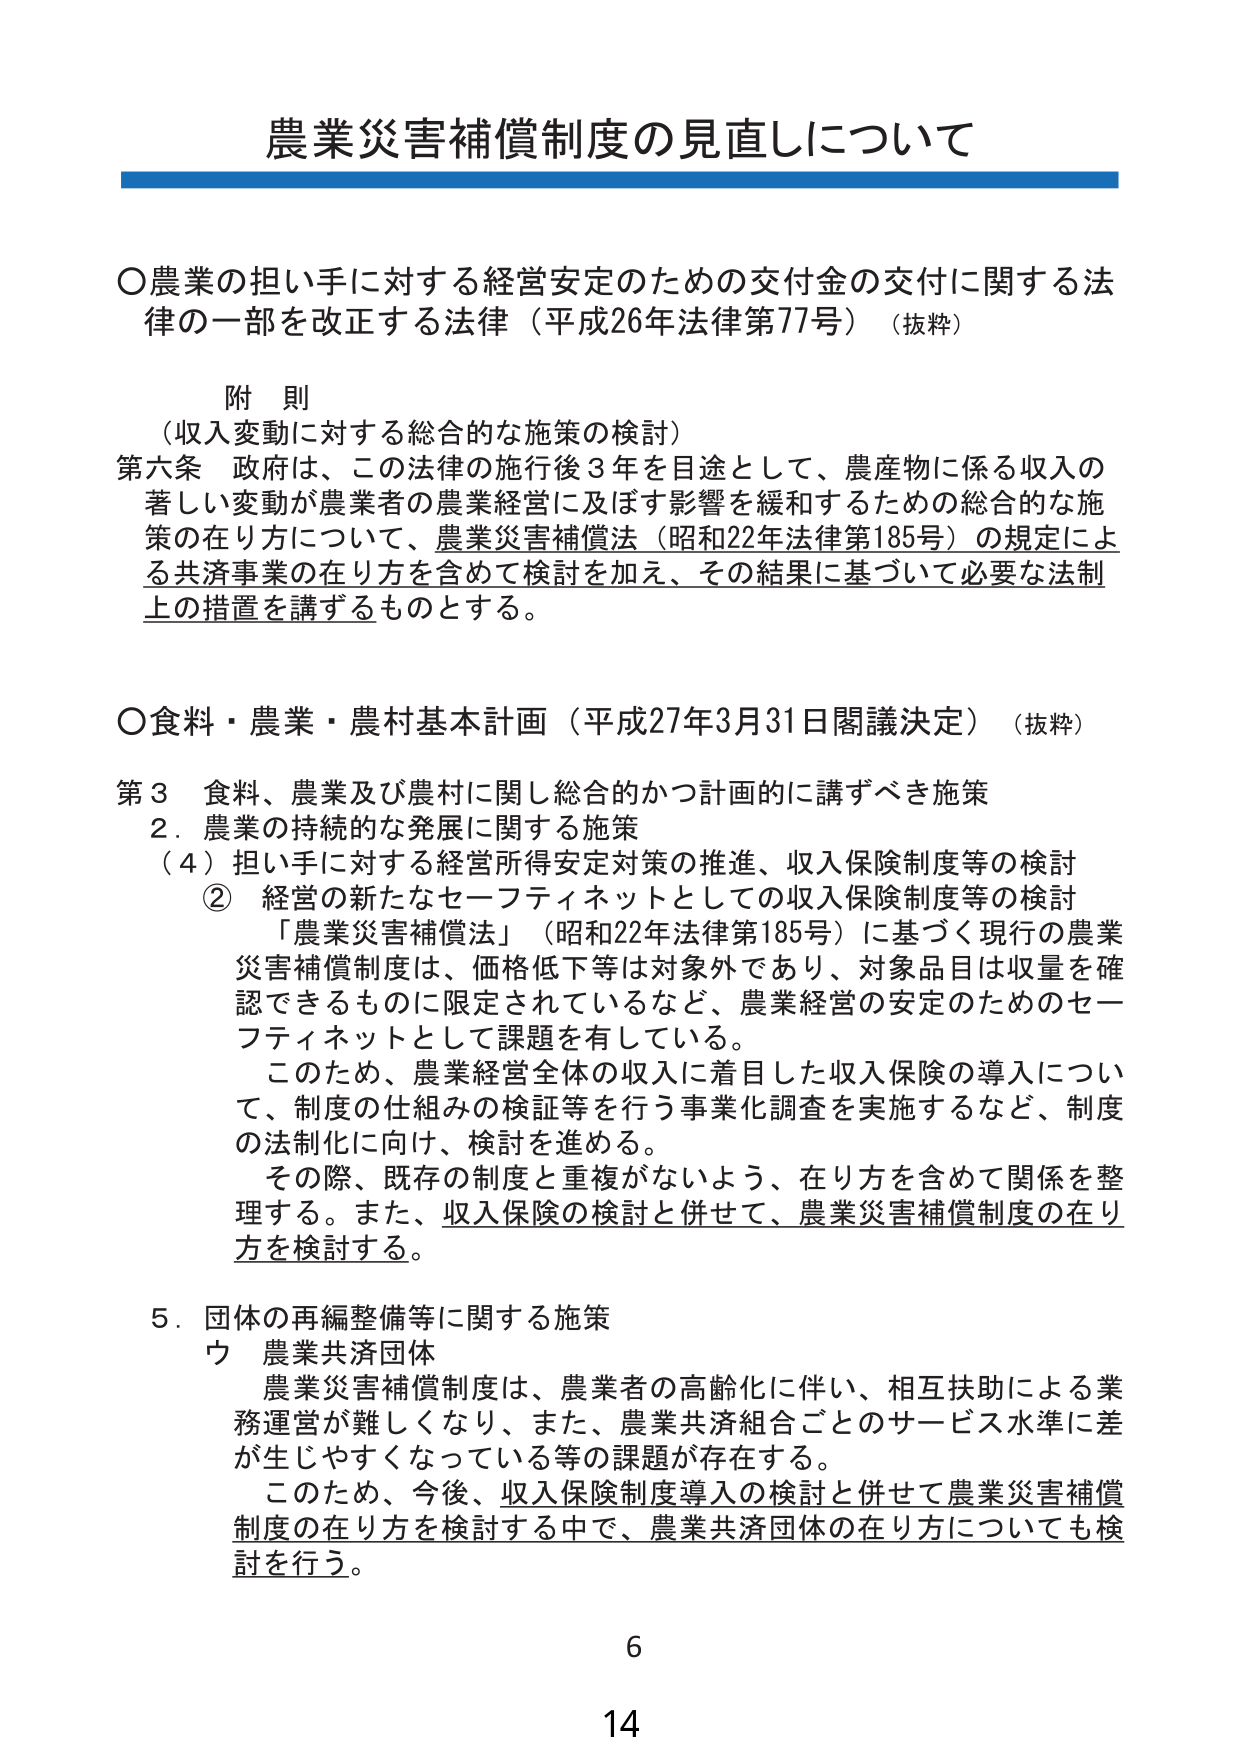
農業災害補償制度の見直しについて

○農業の担い手に対する経営安定のための交付金の交付に関する法律の一部を改正する法律（平成26年法律第77号）（抜粋）

　附 則
　（収入変動に対する総合的な施策の検討）
　第六条　政府は、この法律の施行後３年を目途として、農産物に係る収入の著しい変動が農業者の農業経営に及ぼす影響を緩和するための総合的な施策の在り方について、農業災害補償法（昭和22年法律第185号）の規定による共済事業の在り方を含めて検討を加え、その結果に基づいて必要な法制上の措置を講ずるものとする。

○食料・農業・農村基本計画（平成27年3月31日閣議決定）（抜粋）

　第３　食料、農業及び農村に関し総合的かつ計画的に講ずべき施策
　　２．農業の持続的な発展に関する施策
　　　（４）担い手に対する経営所得安定対策の推進、収入保険制度等の検討
　　　　②　経営の新たなセーフティネットとしての収入保険制度等の検討
　　　　　「農業災害補償法」（昭和22年法律第185号）に基づく現行の農業災害補償制度は、価格低下等は対象外であり、対象品目は収量を確認できるものに限定されているなど、農業経営の安定のためのセーフティネットとして課題を有している。
　　　　　このため、農業経営全体の収入に着目した収入保険の導入について、制度の仕組みの検証等を行う事業化調査を実施するなど、制度の法制化に向け、検討を進める。
　　　　　その際、既存の制度と重複がないよう、在り方を含めて関係を整理する。また、収入保険の検討と併せて、農業災害補償制度の在り方を検討する。

　　５．団体の再編整備等に関する施策
　　　ウ　農業共済団体
　　　　　農業災害補償制度は、農業者の高齢化に伴い、相互扶助による業務運営が難しくなり、また、農業共済組合ごとのサービス水準に差が生じやすくなっている等の課題が存在する。
　　　　　このため、今後、収入保険制度導入の検討と併せて農業災害補償制度の在り方を検討する中で、農業共済団体の在り方についても検討を行う。

6
14